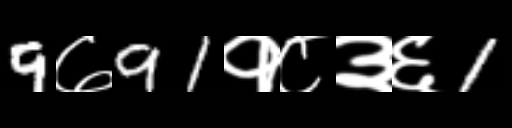
Text: 9७91१८३६1